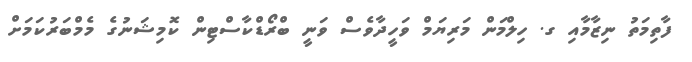
ފާތިމަތު ނިޒާމާއި ގ. ހިލްމަން މަރިޔަމް ވަހީދާވެސް ވަނީ ބްރޯޑްކާސްޓިން ކޮމިޝަނުގެ މެމްބަރުކަމަށް